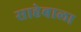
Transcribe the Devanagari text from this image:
साहेबाला